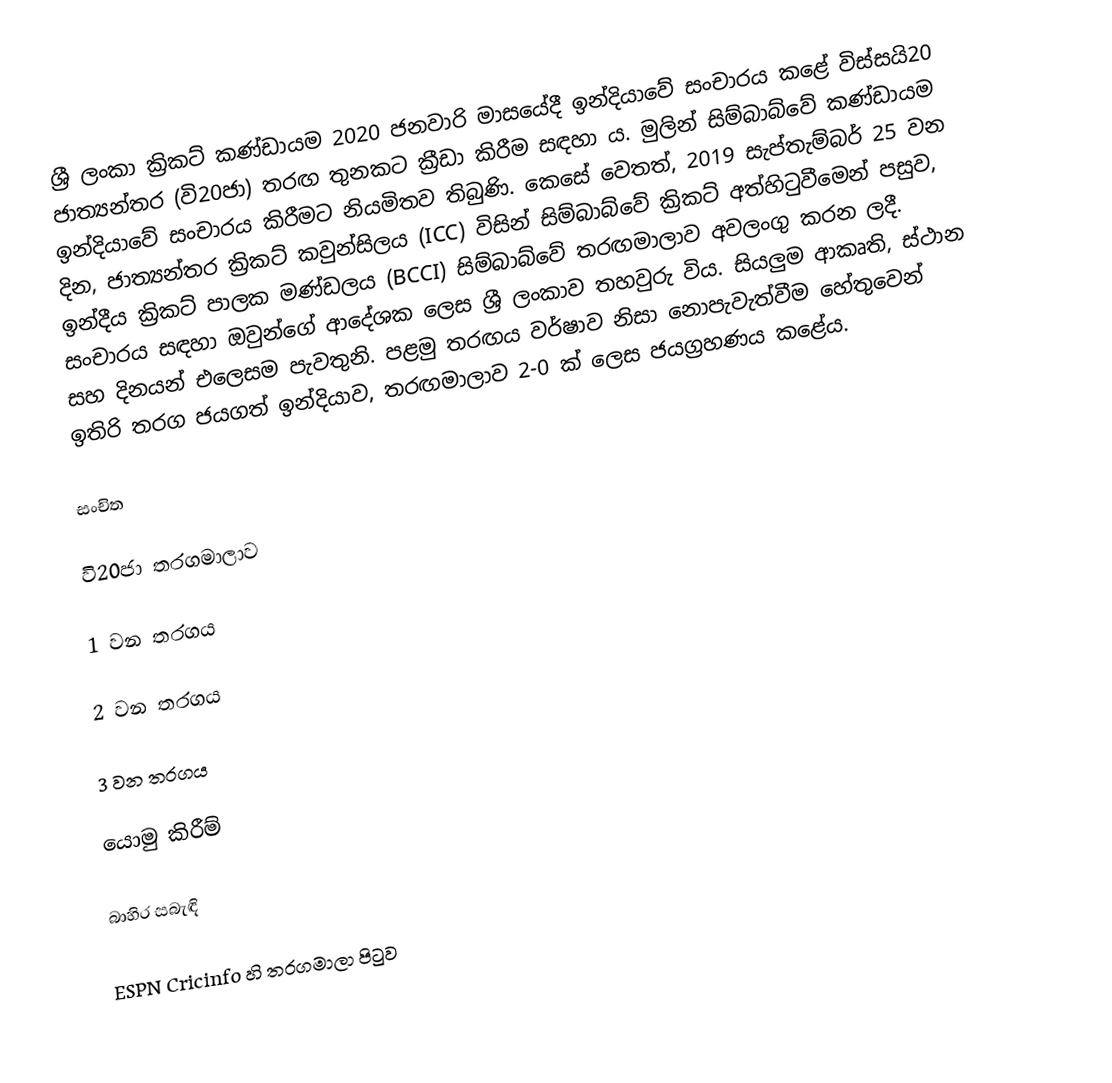
ශ්‍රී ලංකා ක්‍රිකට් කණ්ඩායම 2020 ජනවාරි මාසයේදී ඉන්දියාවේ සංචාරය කළේ විස්සයි20 ජාත්‍යන්තර (වි20ජා) තරඟ තුනකට ක්‍රීඩා කිරීම සඳහා ය. මුලින් සිම්බාබ්වේ කණ්ඩායම ඉන්දියාවේ සංචාරය කිරීමට නියමිතව තිබුණි. කෙසේ වෙතත්, 2019 සැප්තැම්බර් 25 වන දින, ජාත්‍යන්තර ක්‍රිකට් කවුන්සිලය (ICC) විසින් සිම්බාබ්වේ ක්‍රිකට් අත්හිටුවීමෙන් පසුව, ඉන්දීය ක්‍රිකට් පාලක මණ්ඩලය (BCCI) සිම්බාබ්වේ තරඟමාලාව අවලංගු කරන ලදී. සංචාරය සඳහා ඔවුන්ගේ ආදේශක ලෙස ශ්‍රී ලංකාව තහවුරු විය. සියලුම ආකෘති, ස්ථාන සහ දිනයන් එලෙසම පැවතුනි. පළමු තරඟය වර්ෂාව නිසා නොපැවැත්වීම හේතුවෙන් ඉතිරි තරග ජයගත් ඉන්දියාව, තරඟමාලාව 2-0 ක් ලෙස ජයග්‍රහණය කළේය.

සංචිත

වි20ජා තරගමාලාව

1 වන තරගය

2 වන තරගය

3 වන තරගය

යොමු කිරීම්

බාහිර සබැඳි

 ESPN Cricinfo හි තරගමාලා පිටුව